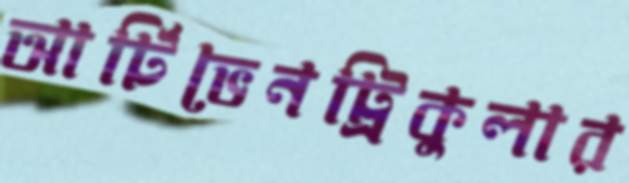
আর্টিভেনট্রিকুলার